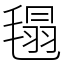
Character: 㲩